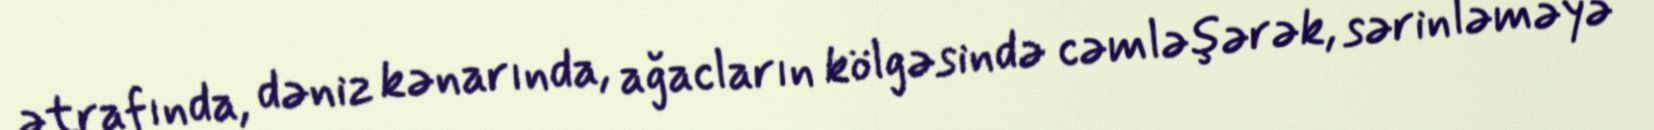
ətrafında, dəniz kənarında, ağacların kölgəsində cəmləşərək, sərinləməyə